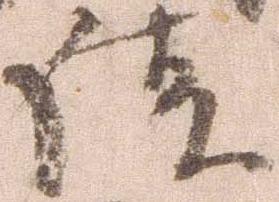
談